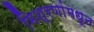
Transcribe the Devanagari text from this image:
मिश्रणांमधून